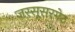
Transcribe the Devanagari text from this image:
जस्सूसरगेट